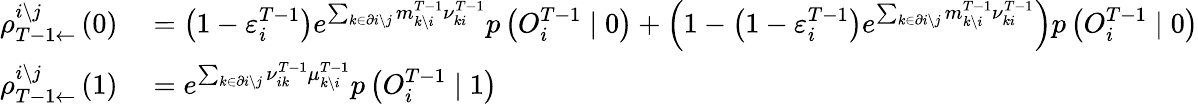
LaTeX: \begin{array}{rl}{\rho_{T-1\leftarrow}^{i\setminus j}\left(0\right)}&{{}=\left(1-\varepsilon_{i}^{T-1}\right)e^{\sum_{k\in\partial i\setminus j}m_{k\setminus i}^{T-1}{\nu}_{ki}^{T-1}}p\left(O_{i}^{T-1}\mid 0\right)+\left(1-\left(1-\varepsilon_{i}^{T-1}\right)e^{\sum_{k\in\partial i\setminus j}m_{k\setminus i}^{T-1}{\nu}_{ki}^{T-1}}\right)p\left(O_{i}^{T-1}\mid 0\right)}\\ {\rho_{T-1\leftarrow}^{i\setminus j}\left(1\right)}&{{}=e^{\sum_{k\in\partial i\setminus j}\nu_{ik}^{T-1}\mu_{k\setminus i}^{T-1}}p\left(O_{i}^{T-1}\mid 1\right)}\end{array}